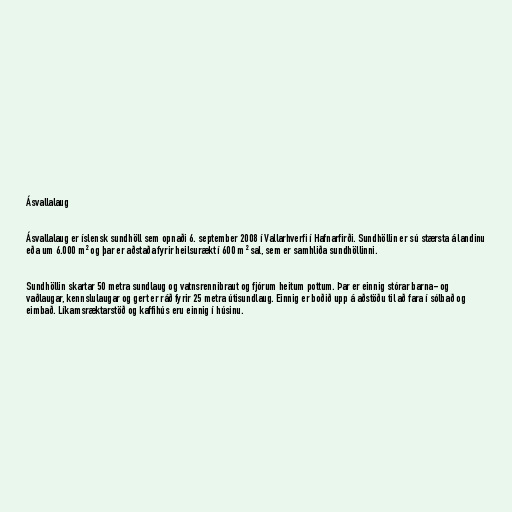
Ásvallalaug

Ásvallalaug er íslensk sundhöll sem opnaði 6. september 2008 í Vallarhverfi í Hafnarfirði. Sundhöllin er sú stærsta á landinu
eða um 6.000 m² og þar er aðstaða fyrir heilsurækt í 600 m² sal, sem er samhliða sundhöllinni.

Sundhöllin skartar 50 metra sundlaug og vatnsrennibraut og fjórum heitum pottum. Þar er einnig stórar barna- og
vaðlaugar, kennslulaugar og gert er ráð fyrir 25 metra útisundlaug. Einnig er boðið upp á aðstöðu til að fara í sólbað og
eimbað. Líkamsræktarstöð og kaffihús eru einnig í húsinu.